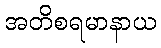
အတိစရမာနာယ